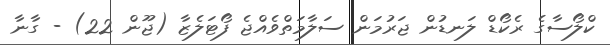
ކްލޯސާގެ ރެކޯޑް ލަނޑުން ޖަރުމަން ސަލާމަތްވެއްޖެ ފޯޓަލެޒާ (ޖޫން 22) - ގާނާ